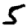
Digit: 5